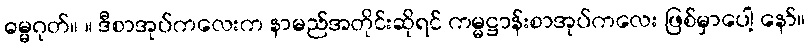
ဓမ္မဂုတ်။ ။ ဒီစာအုပ်ကလေးက နာမည်အတိုင်းဆိုရင် ကမ္မဋ္ဌာန်းစာအုပ်ကလေး ဖြစ်မှာပေါ့ နော်။